Vital statistics of India. Vol. VI, European troops 1870-79
Year: 1870
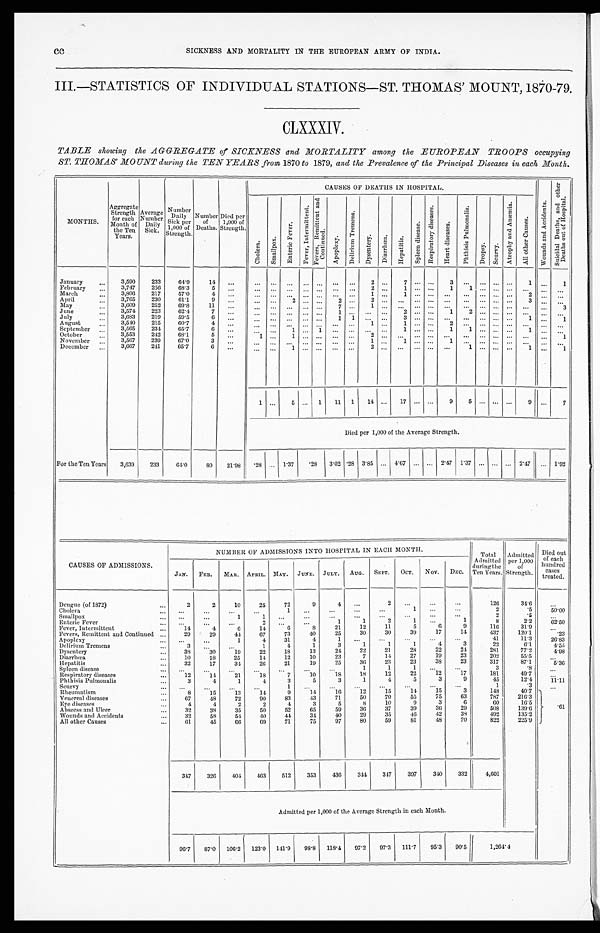
CC
SICKNESS AND MORTALITY IN THE EUROPEAN ARMY OF INDIA.
III.—STATISTICS OF INDIVIDUAL STATIONS—ST. THOMAS' MOUNT, 1870-79.
CLXXXIV.
TABLE showing the AGGREGATE of SICKNESS and MORTALITY among the EUROPEAN TROOPS occupying
ST. THOMAS' MOUNT during the TEN YEARS from 1870 to 1879, and the Prevalence of the Principal Diseases in each Month.
M O N T H S .
Aggregate Strength for each
Month of
the Ten
Years. Average Number Daily Sick.
N u m b e r
D a i l y
S i c k p e r
1 , 0 0 0 o f
S t r e n g t h .
Number of Deaths. Died per
1,000 of
Strength.
CAUSES OF DEATHS IN HOSPITAL.
W o u n d s a n d A c c i d e n t s .
S u i c i d a l D e a t h s , a n d o t h e r
D e a t h s o u t o f H o s p i t a l .
C h o l e r a .
S m a l l p o x .
E n t e r i c F e v e r .
F e v e r , I n t e r m i t t e n t .
F e v e r s , R e m i t t e n t a n d
Co n t i n u e d .
A p o p l e x y .
D e l i r i u m T r e m e n s . Dysentery.
Di a r r h œa .
H e p a t i t i s .
S p l e e n d i s e a s e s .
R e s p i r a t o r y d i s e a s e s .
H e a r t d i s e a s e s .
P h t h i s i s P u l m o n a l i s .
Dr ops y. S c u r v y .
A t r o p h y a n d A n æ m i a .
A l l o t h e r C a u s e s .
January
3,590
233
64.9
14 ...
...
. . . ...
. . .
...
. . .
. . .
2
. . . 7
. . . . . . 3 ...
. . . . . . ... 1 ...
1
February
3,747 256
68.3
5
... ... ... ...
. . . ... ... ...
2 . . .
1 . . . . . . 1 1
. . . . . . ... ... ...
. . .
March
3,806 217
57.0
4 ...
...
. . . ...
. . . ...
. . .
. . .
1
. . . 1
. . . . . . . . . ...
. . . . . . ... 2 ...
. . .
April
3,765
230
61.1
9
...
. . .
. . . 2
. . .
...
2 . . .
2 . . . ... . . . . . . . . . ...
. . . . . . ... 3 ...
. . .
May
3,609
252
69.8
11 ...
... ... ...
. . . ...
7 . . .
1 . . . ... . . . . . . . . . ...
. . . . . . ... ... ... 3
June
3,574
223
62.4
7
...
... ... ... ... ...
1
. . .
. . . . . . 2
. . . . . . 1 2
. . . . . . ... ... ...
. . .
July
3,683
219
59.5
6
. . .
. . . . . . ...
. . . ... 1 1
. . . . . .
3 . . . . . . . . . ...
. . . . . . ... 1 ...
1
August
3,540 215
60.7
4
...
... . . . ...
. . ....
. . .
. . .
1 . . . 1 . . . . . .
2
. . .
. . . . . . ... ... ...
. . .
September
3,565 234
65.7
6 ...
...
. . . 1
. . .1
. . .
. . .
. . . . . . 1 . . . . . .
1 1
. . . . . . ... 1 ...
1
October
3,553
242
68.1
5 ...
1 . . . 1
. . .
...
. . .
. . .
2 . . . ... . . . . . .
. . . . . .
. . . . . . ... ... ... 1
November
3,567
239
67.0
3
...
... . . . ...
. . . ... . . .
. . .
1 . . . 1 . . . . . .
1 ... ... ... ... ... ...
. . .
December
3,667
241
65.7
6
. . .
...
1 ...
. . .
...
. . .
. . .
2 . . . ... . . . . . .
. . . 1
. . . . . . ... 1 ...
1
1
. . . 5 ... 1 11 1 14 ... 17 ... ...
9
5
. . . . . . ...
9 ...
7
Died per 1,000 of the Average Strength.
For the Ten Years 3,639
233
64.0
80
21.98
. 2 8 ... 1.37
. 2 8 3.02 .28 3.85 ... 4.67 ... ... 2.47 1.37 ... ... ... 2.47 ... 1.92
CAUSES OF ADMISSIONS.
NUMBER OF ADMISSIONS INTO HOSPITAL IN EACH MONTH.
Total
Admitted
during the
Ten Years.
Admitted
per 1,000
of
Strength.
Died out
of each
hundred
cases
treated.
JAN. FEB. MAR. APRIL. MAY. JUNE. JULY. AUG. SEPT. OCT. NOV. DEC.
Dengue (of 1872)
2
2
10
25
72
9
4
. . .
2
. . .
. . .
. . .
126
34.6
. . .
Cholera
. . . . . .
. . . ...
1 ...
...
...
...
1
. . .
. . .
2
.5
5 0 . 0 0
Smallpox
. . . ...
1
1 ...
. . . . . . . . .
. . .
. . .
. . . ...
. . .
2
. 5
. . .
Enteric Fever
...
. . .
. . .
2
. . .
. . .
1
1
2
1
. . .
1
8
2 . 2
6 2 . 5 0
Fever, Intermittent
14
4
6
14
6
8
21
25
1 2
1 1
5
6
9
1 1 6
3 1 . 9
. . .
Fevers, Remittent and Continued
29
29
44
67
73
40
2 5
3 0
3 0
3 9
1 7 1 4
4 3 7
1 2 0 . 1
. 2 3
Apoplexy
. . . ...
1
4
31
4
1
. . .
. . .
- . . .
. . .
. . .
4 1
1 1 . 3
2 6 . 8 3
Delirium Tremens
3
. . . ...
1
4
1
3
1
1
1
4
3
2 2
6 . 1
4 . 5 5
Dysentery
38
30
19
22
18
13
24
2 2
2 1
2 8
2 2
2 4
2 8 1
7 7 . 2
4 . 9 8
Diarrhœa
10
18
25
14
12
10
2 3
7
1 4
27
1 9
23
2 0 2
5 5 . 5
. . .
Hepatitis
32
17
34
26
21
19
2 5
3 6
2 3
2 3
3 8 2 3
3 1 7
8 7 . 1
5 . 3 6
Spleen disease
...
...
. . .
. . .
. . .
. . . . . .
1
1
1
. . .
. . .
3
. 8
. . .
Respiratory diseases
12
14
21
1 8
7
1 0
1 8
1 8
1 2
2 2
1 2
1 7
1 8 1
4 9 . 7
. . .
Phthisis Pulmonalis
3
4
1
4
3
5
3
1
4
5 3
9
4 5
1 2 . 4
1 1 . 1 1
Scurvy
. . . ...
...
. . .
1
. . . . . .
. . .
. . .
. . .
. . .
. . .
1
. 3
. 6 1
Rheumatism
8
15
13
14
9
14
1 6
1 2
1 5
1 4
1 5
3
1 4 8
4 0 . 7
Venereal diseases
6 7
48
72
90
83
43
71
5 0
70
5 5
7 5
6 3
7 8 7
2 1 6 . 3
Eye diseases
4
4
2
2
4
3
5
8
1 0
9
3
6
6 0
1 6 . 5
Abscess and Ulcer
32
38
35
50
52
65
59
3 6
3 7
3 9
3 6
2 9
5 0 8
1 3 9 . 6
Wounds and Accidents
32
58
54
40
44
34
4 0
2 9
3 5
4 6
4 2
3 8
4 9 2
1 3 5 . 2
All other Causes
61
45
66
69
71
75
97
80
5 9
8 1
4 8
7 0
8 2 2
2 2 5 . 9
347
326
404
463
512
353
436 344 347 397
340 332
4,601
Admitted per 1,000 of the Average Strength in each Month.
96.7 87.0 106.2 123.0 141.9 98.8 118.4 97.2 97.3 111.7 95.3 90.5
1,264.4